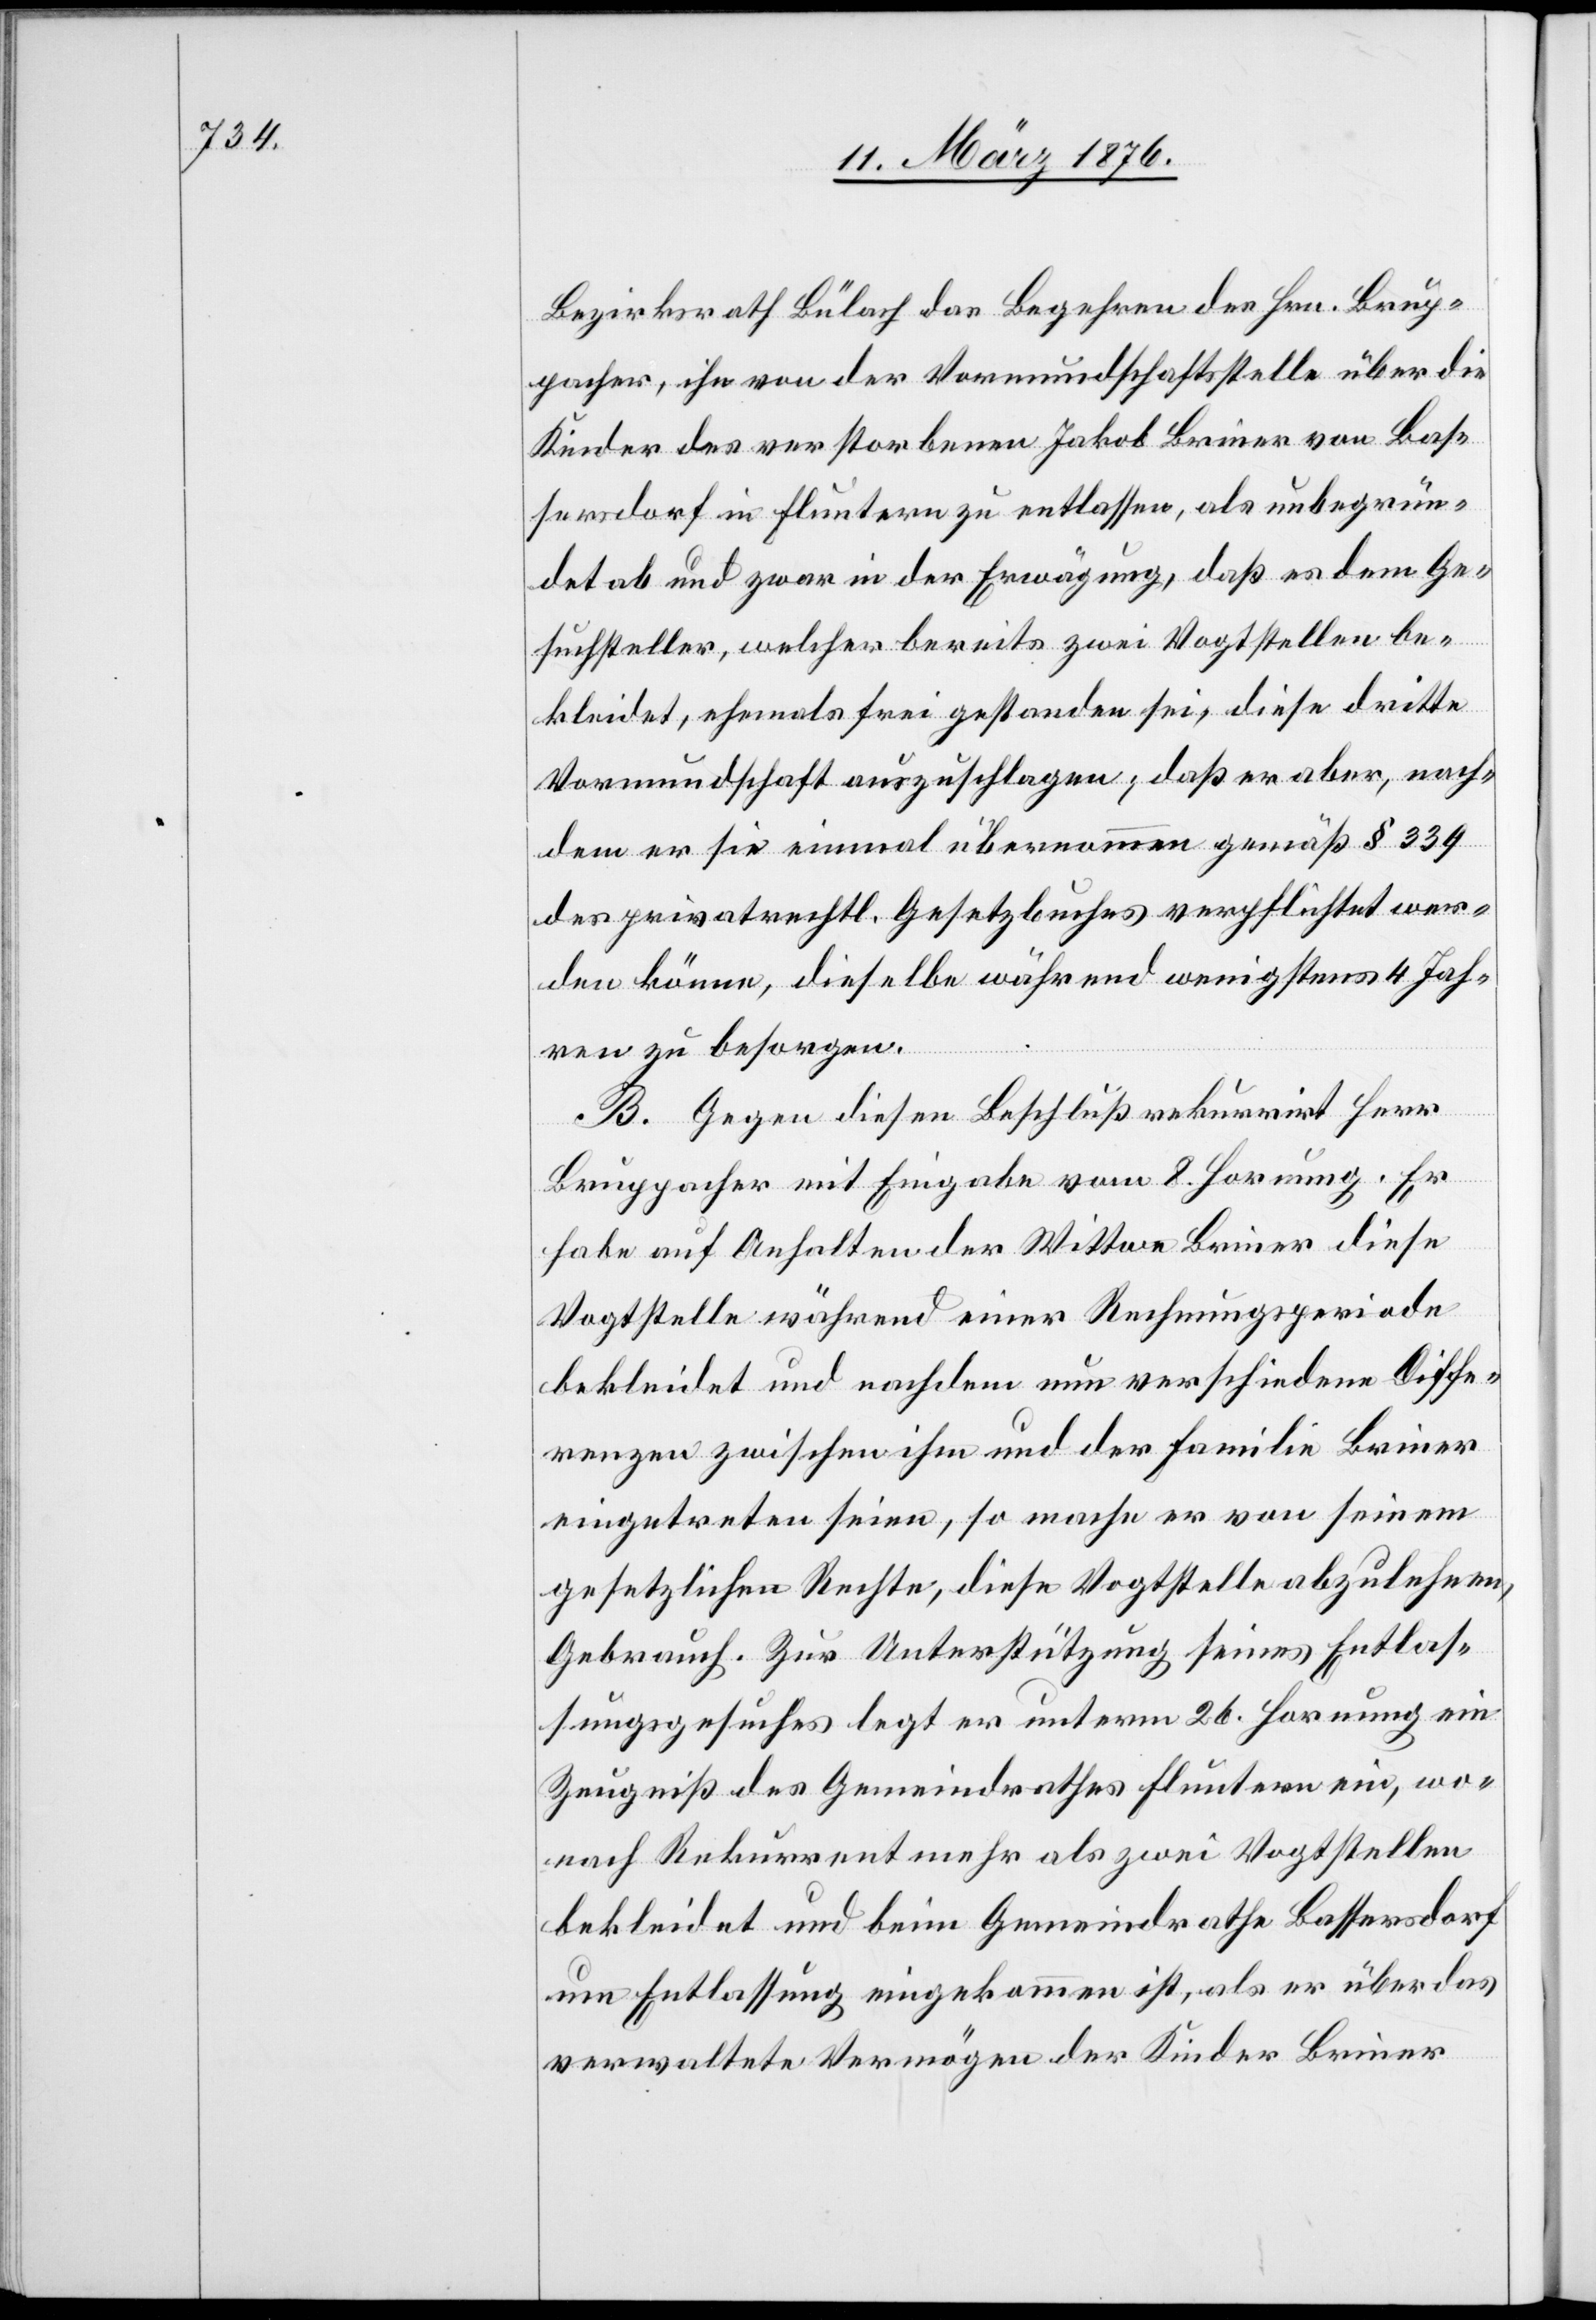
Bezirksrath Bülach das Begehren des Hrn. Brup¬
pacher, ihn von der Vormundschaftsstelle über die
Kinder des verstorbenen Jakob Briner von Baß¬
ersdorf in Fluntern zu entlassen, als unbegrün¬
det ab und zwar in der Erwägung, daß es dem Ge¬
suchsteller, welcher bereits zwei Vogtstellen be¬
kleidet, ehemals frei gestanden sei, diese dritte
Vormundschaft auszuschlagen, daß er aber, nach¬
dem er sie einmal übernommen gemäß § 339
des privatrechtl. Gesetzbuches verpflichtet wer¬
den könne, dieselbe während wenigstens 4 Jah¬
ren zu besorgen.
B. Gegen diesen Beschluß rekurrirt Herr
Bruppacher mit Eingabe vom 8. Hornung. Er
habe auf Anhalten der Wittwe Briner diese
Vogtstelle während einer Rechnungsperiode
bekleidet und nachdem nun verschiedene Diffe¬
renzen zwischen ihm und der Familie Briner
eingetreten seien, so mache er von seinem
gesetzlichen Rechte, diese Vogtstelle abzulehnen,
Gebrauch. Zur Unterstützung seines Entlas¬
sungsgesuches legt er unterm 26. Hornung ein
Zeugniß des Gemeindrathes Fluntern ein, wo¬
nach Rekurrent mehr als zwei Vogtstellen
bekleidet und beim Gemeindrathe Bassersdorf
um Entlassung eingekommen ist, als er über das
verwaltete Vermögen der Kinder Briner